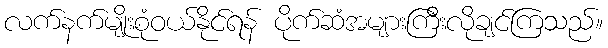
လက်နက်မျိုးစုံဝယ်နိုင်ရန် ပိုက်ဆံအများကြီးလိုချင်ကြသည်။